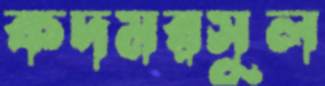
কদমরসুল